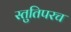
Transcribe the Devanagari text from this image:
स्तुतिपरच